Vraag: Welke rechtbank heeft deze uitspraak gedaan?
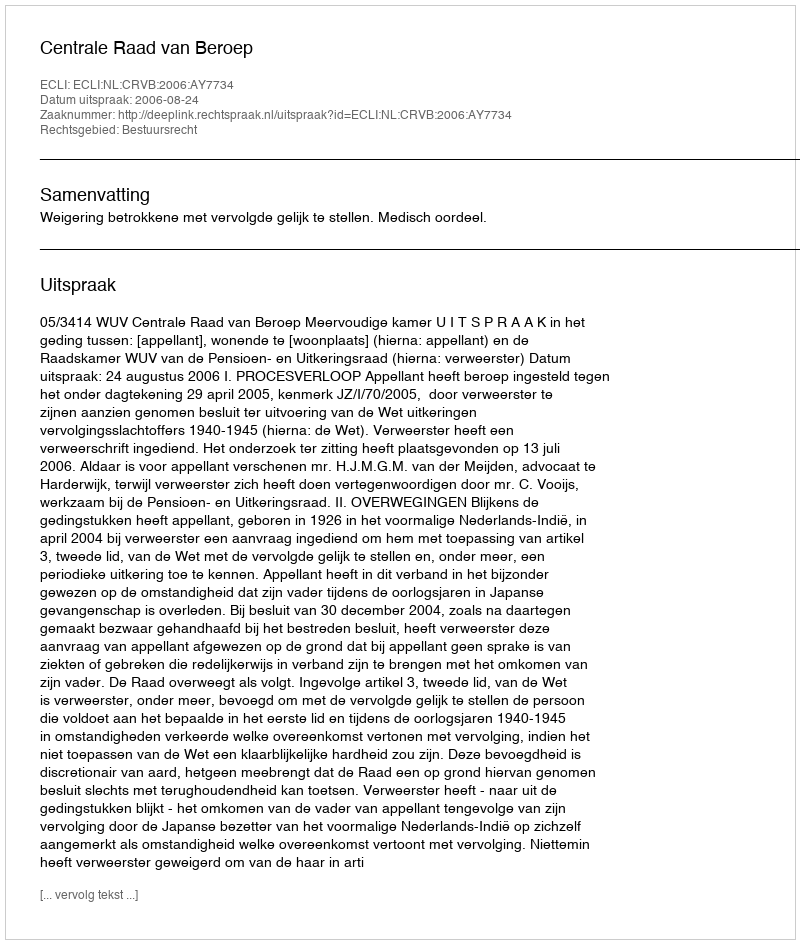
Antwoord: Centrale Raad van Beroep